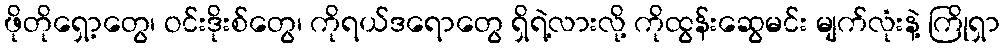
ဖိုတိုရှော့တွေ၊ ဝင်းဒိုးစ်တွေ၊ ကိုရယ်ဒရောတွေ ရှိရဲ့လားလို့ ကိုထွန်းဆွေမင်း မျက်လုံးနဲ့ ကြိုရှာ